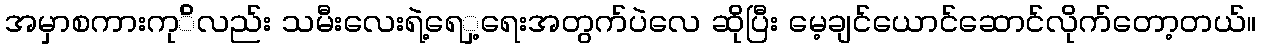
အမှာစကားကု်ိလည်း သမီးလေးရဲ့ရေှ့ရေးအတွက်ပဲလေ ဆိုပြီး မေ့ချင်ယောင်ဆောင်လိုက်တော့တယ်။